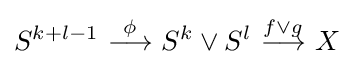
S^{k+l-1}{\stackrel {\phi }{\ \longrightarrow \ }}S^{k}\vee S^{l}{\stackrel {f\vee g}{\ \longrightarrow \ }}X